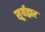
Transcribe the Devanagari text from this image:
सूर्यद्वार